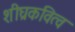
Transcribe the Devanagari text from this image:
शीघ्रकवित्व